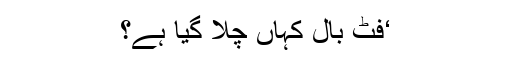
‘فٹ بال کہاں چلا گیا ہے؟